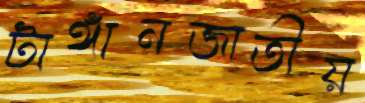
টাঙ্গানজাতীয়